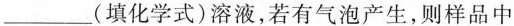
___(填化学式)溶液，若有气泡产生，则样品中